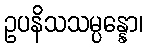
ဥပနိသသမ္ပန္နော၊